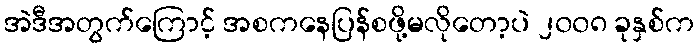
အဲဒီအတွက်ကြောင့် အစကနေပြန်စဖို့မလိုတော့ပဲ ၂၀၀၈ ခုနှစ်က